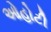
ઓહોટી